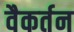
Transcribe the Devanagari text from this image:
वैकर्तन